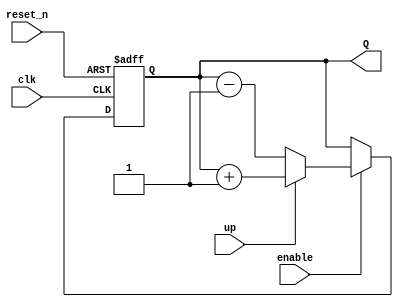
`timescale 1ns / 1ps
//////////////////////////////////////////////////////////////////////////////////
// Company: 
// Engineer: 
// 
// Design Name: 
// Module Name: up_down_counter
// Project Name: 
// Target Devices: 
// Tool Versions: 
// Description: 
// 
// Dependencies: 
// 
// Revision:
// Revision 0.01 - File Created
// Additional Comments:
// 
//////////////////////////////////////////////////////////////////////////////////


module up_down_counter
    #(parameter BITS = 4)
    (
    input clk,
    input reset_n,
    input enable,
    input up,
    output [BITS - 1:0]Q
    );
    reg [BITS-1:0] Q_reg,Q_next;
    always @ (posedge clk, negedge reset_n)
    begin
        if (~reset_n)
            Q_reg <= 'b0;
        else if (enable)
            Q_reg <= Q_next;
        else 
            Q_reg<=Q_reg;
    end
    //Next state logic
    always @(Q_reg, up)
    begin
        Q_next = Q_reg;
        if (up)
            Q_next = Q_reg+1;
         else 
            Q_next = Q_reg - 1;
    end
    // Output logic
    assign Q= Q_reg;
endmodule